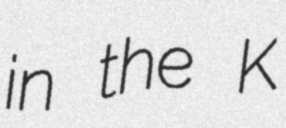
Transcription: in the K